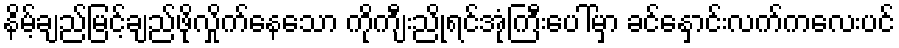
နိမ့်ချည်မြင့်ချည်ဖိုလှိုက်နေသော ကိုကျီးညိုရင်အုံကြီးပေါ်မှာ ခင်နှောင်းလက်ကလေးပင်